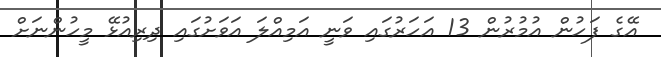
އޭގެ ފަހުން އުމުރުން 13 އަހަރުގައި ވަނީ އަމިއްލަ އަވަށުގައި ދިރިއުޅޭ މީހުންނަށް